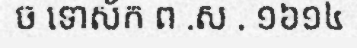
ច ទោស័ក ព .ស . ១៦១៤